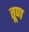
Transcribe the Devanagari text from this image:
तूण